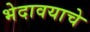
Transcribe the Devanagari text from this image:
भेदावयाचे